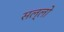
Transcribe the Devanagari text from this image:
सल्लो